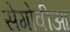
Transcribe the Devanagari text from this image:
सेगोवीआ